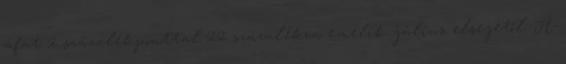
áfát 2 százalékponttal 22 százalékra emelik július elsejétől. A